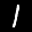
Label: 1